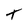
Character: T